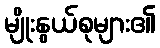
မျိုးနွယ်စုများ၏